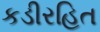
કડીરહિત